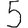
Digit: 5